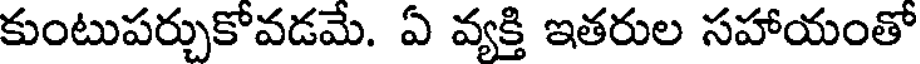
కుంటుపర్చుకోవడమే. ఏ వ్యక్తి ఇతరుల సహాయంతో